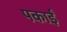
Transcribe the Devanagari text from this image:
पकाईं